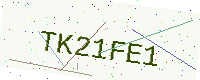
Text: TK21FE1